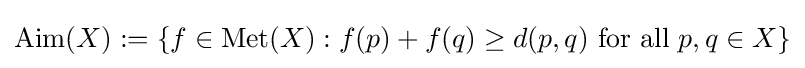
{\text{Aim}}(X):=\{f\in \operatorname {Met} (X):f(p)+f(q)\geq d(p,q){\text{ for all }}p,q\in X\}